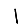
Digit: 1